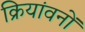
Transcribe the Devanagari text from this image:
क्रियांवनों